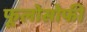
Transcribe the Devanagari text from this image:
फूलोसोफी